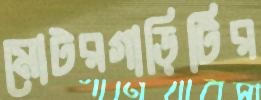
মোটরগাড়িটির